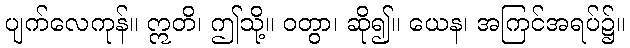
ပျက်လေကုန်။ ဣတိ၊ ဤသို့။ ဝတွာ၊ ဆို၍။ ယေန၊ အကြင်အရပ်၌။